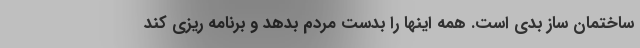
ساختمان ساز بدی است. همه اینها را بدست مردم بدهد و برنامه ریزی کند